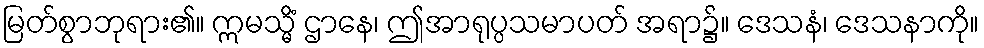
မြတ်စွာဘုရား၏။ ဣမသ္မိံ ဌာနေ၊ ဤအာရုပ္ပသမာပတ် အရာ၌။ ဒေသနံ၊ ဒေသနာကို။